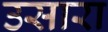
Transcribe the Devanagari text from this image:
उसारा